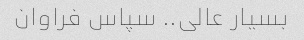
بسیار عالی.. سپاس فراوان